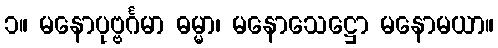
၁။ မနောပုဗ္ဗင်္ဂမာ ဓမ္မာ၊ မနောသေဋ္ဌော မနောမယာ။